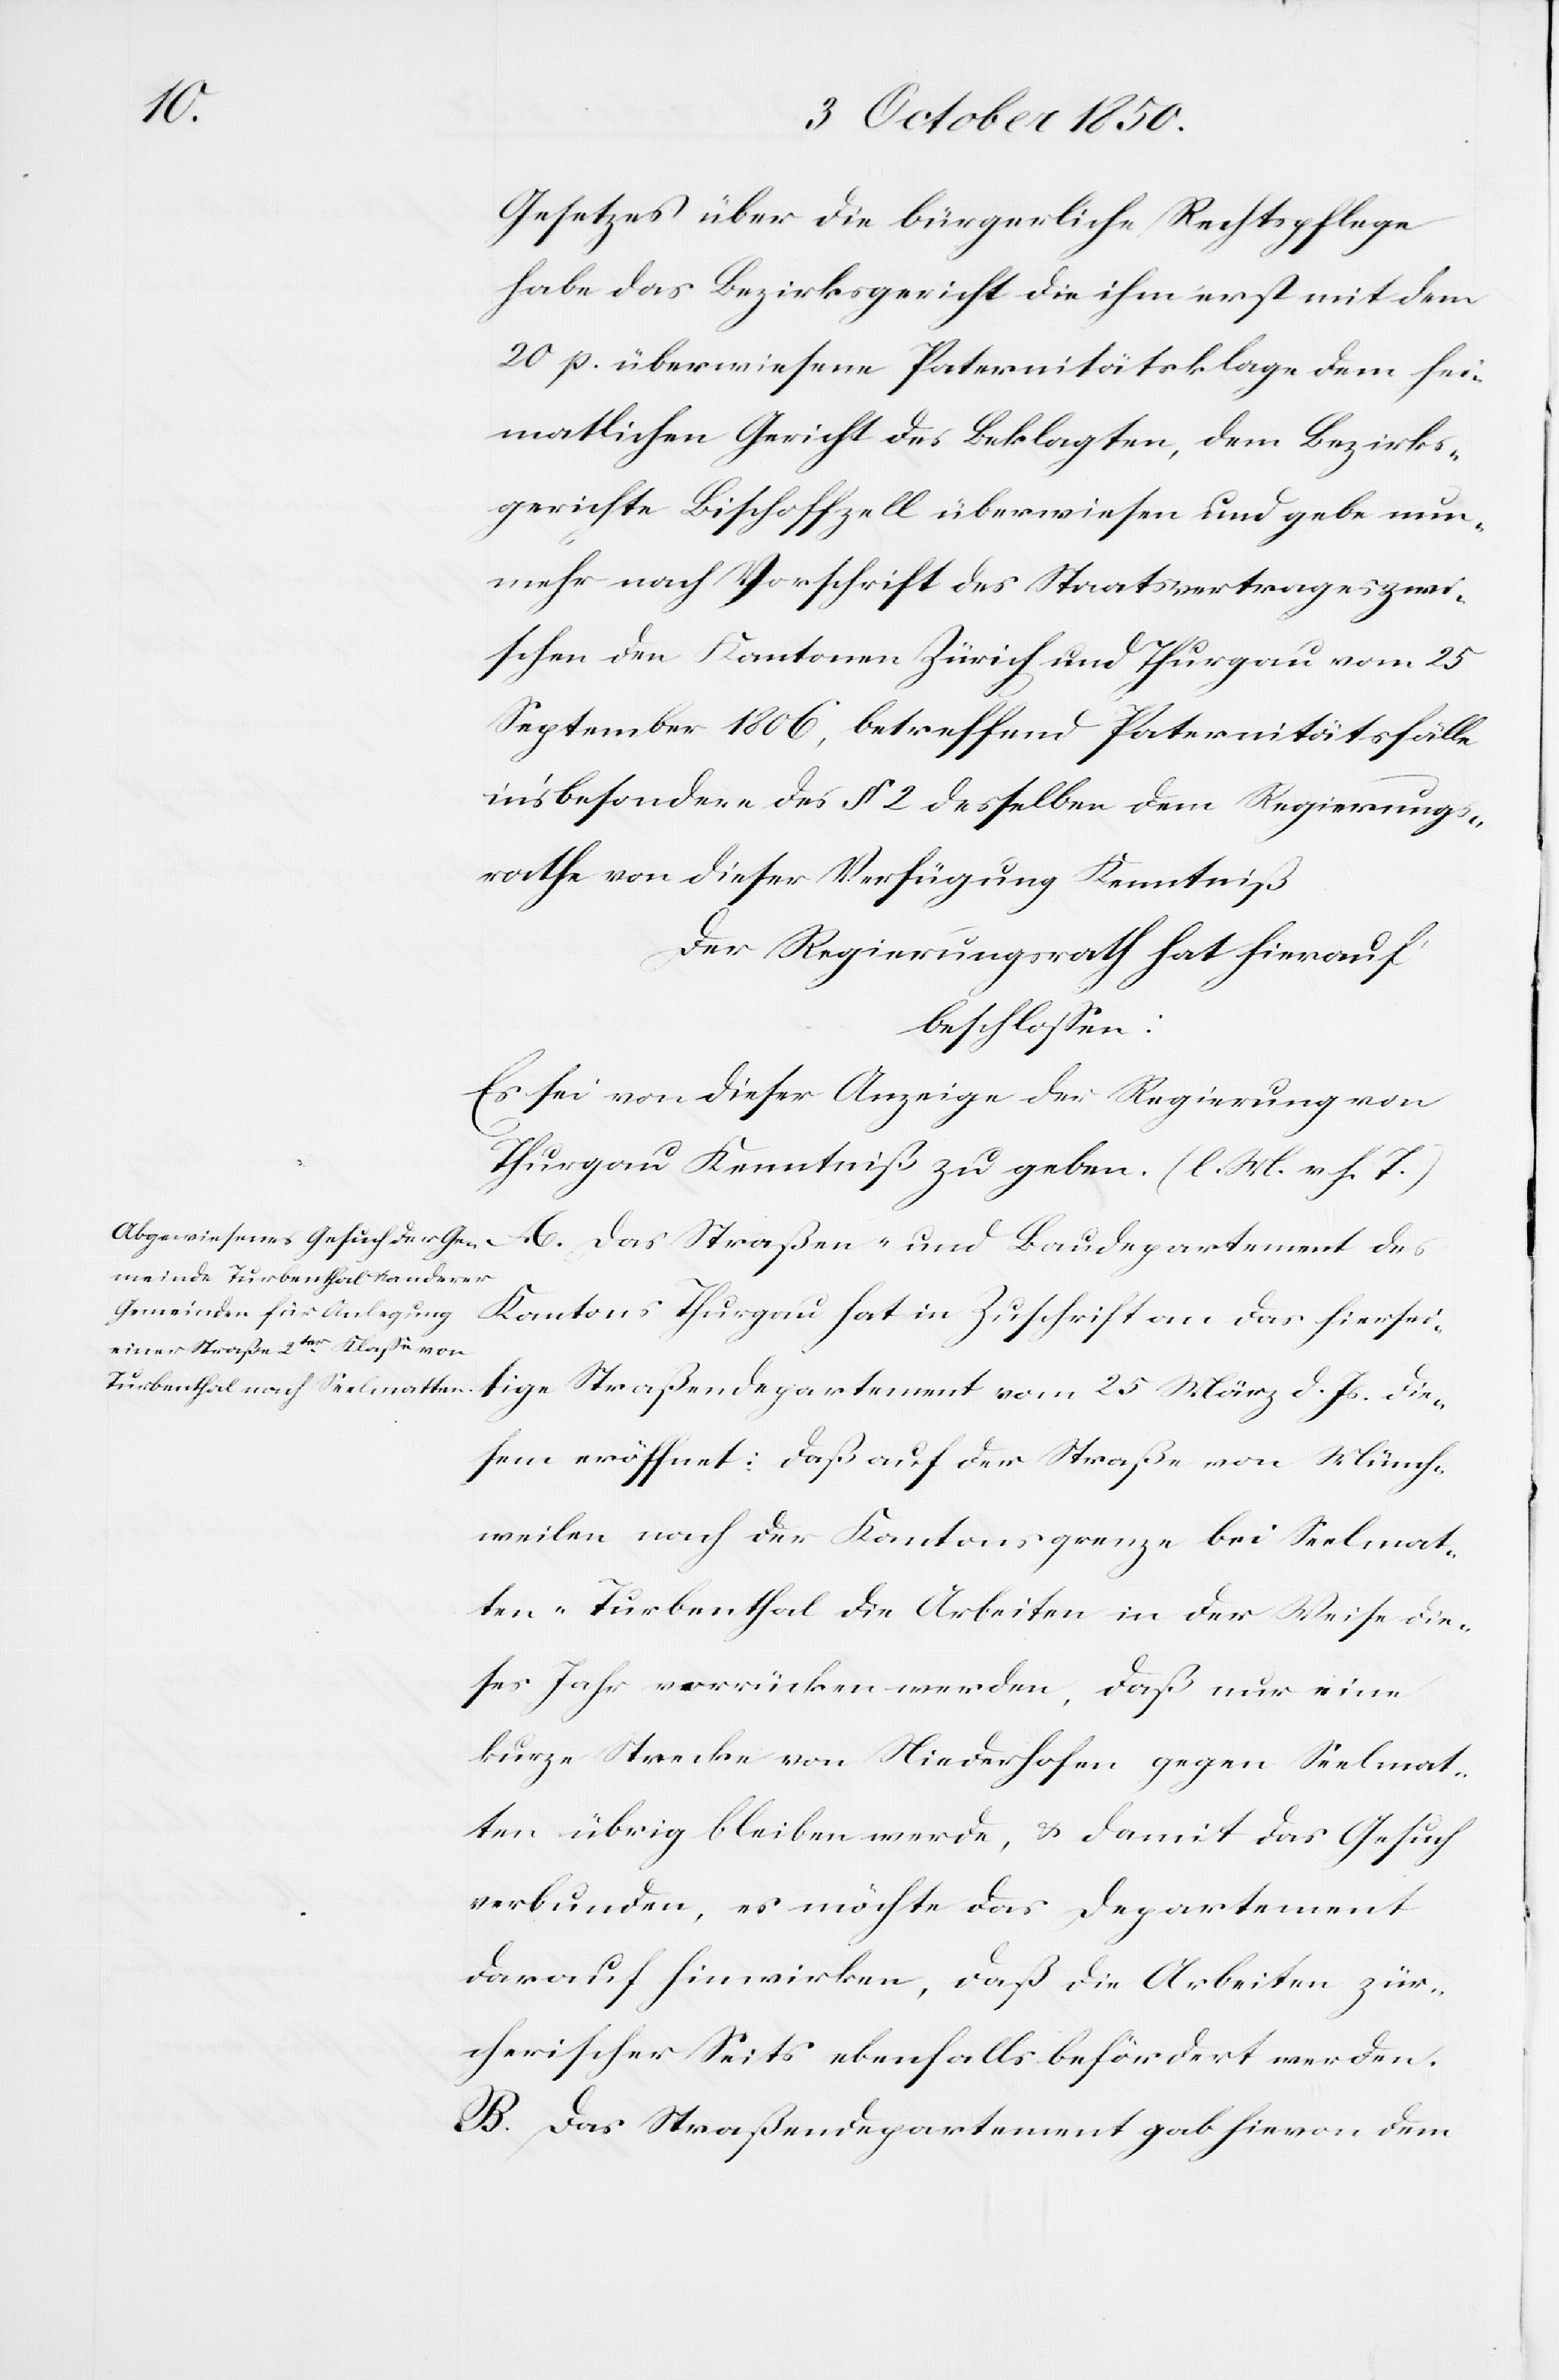
Gesetzes über die bürgerliche Rechtspflege
habe das Bezirksgericht die ihm erst mit dem
20 p. überwiesene Paternitätsklage dem hei¬
matlichen Gericht des Beklagten, dem Bezirks¬
gerichte Bischoffzell überwiesen und gebe nun¬
mehr nach Vorschrift des Staatsvertrages zwi¬
schen den Kantonen Zürich und Thurgau vom 25
September 1806, betreffend Paternitätsfälle
in’s besondere des § 2 desselben dem Regierungs¬
rathe von dieser Verfügung Kenntniß
Der Regierungsrath hat hierauf
beschlossen:
Es sei dieser Anzeige der Regierung von
Thurgau Kenntniß zu geben. (l. M. v. h. T)
A. Das Straßen- und Baudepartement des
Kantons Thurgau hat in Zuschrift an das hierseitige
diesem eröffnet: Daß auf der Straße von Münch¬
weilen nach der Kantonsgrenze bei Seelmat¬
ten-Turbenthal die Arbeiten in der Weise die¬
ses Jahr verrücken werden, daß nur eine
kurze Strecken von Niederhofen gegen Seelmat¬
ten übrig bleiben werde, & damit das Gesuch
verbunden, es möchte das Departement
darauf hinwirken, daß die Arbeiten zür¬
cherischer Seits ebenfalls befördert werden.
B. Das Straßendepartement gab hievon dem